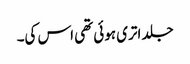
جلد اتری ہوئی تھی اس کی۔